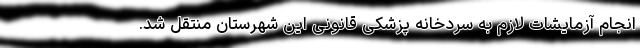
انجام آزمایشات لازم به سردخانه پزشکی قانونی این شهرستان منتقل شد.